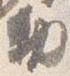
勅